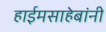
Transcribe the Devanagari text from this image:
हाईमसाहेबांनी